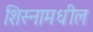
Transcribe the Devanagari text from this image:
शिस्नामधील